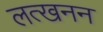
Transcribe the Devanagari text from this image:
लत्खनन